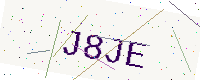
Text: J8JE